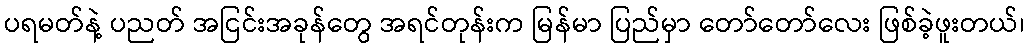
ပရမတ်နဲ့ ပညတ် အငြင်းအခုန်တွေ အရင်တုန်းက မြန်မာ ပြည်မှာ တော်တော်လေး ဖြစ်ခဲ့ဖူးတယ်၊